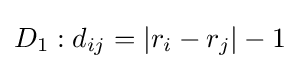
D_{1}:d_{ij}=|r_{i}-r_{j}|-1